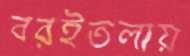
বরইতলায়